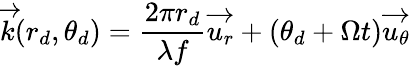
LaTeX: \overrightarrow{k}(r_{d},\theta_{d})=\frac{2\pi r_{d}}{\lambda f}\overrightarrow{u_{r}}+(\theta_{d}+\Omega t)\overrightarrow{u_{\theta}}